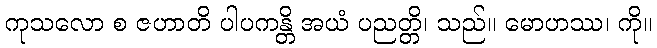
ကုသလော စ ဇဟာတိ ပါပကန္တိ အယံ ပညတ္တိ၊ သည်။ မောဟဿ၊ ကို။